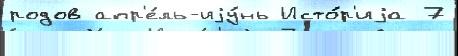
родов апр'е́ль-иjу́нь Исто́р'иjа 7